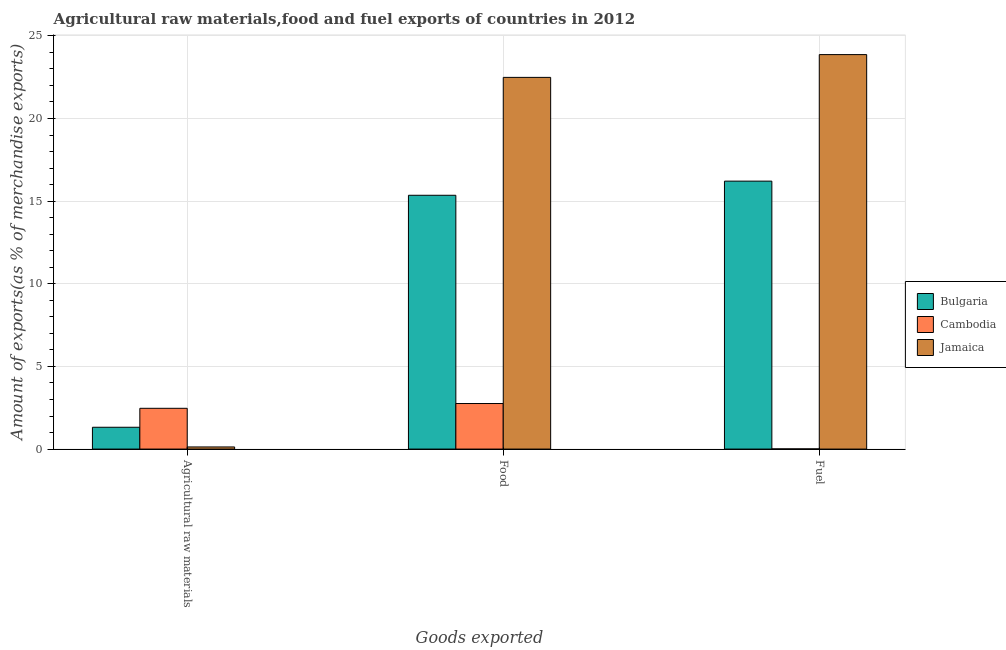
| Goods exported | Bulgaria | Cambodia | Jamaica |
 | --- | --- | --- | --- |
 | Agricultural raw materials | 1.32 | 2.47 | 0.129 |
 | Food | 15.4 | 2.76 | 22.5 |
 | Fuel | 16.2 | 0.0109 | 23.9 |